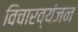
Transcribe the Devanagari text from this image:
विचारव्यंजन